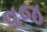
વજ